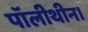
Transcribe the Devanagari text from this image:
पॉलीथीन।